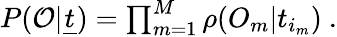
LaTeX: \begin{array}{r}{P(\mathcal{O}|\underline{{t}})=\prod_{m=1}^{M}\rho(O_{m}|t_{i_{m}})\ .}\end{array}